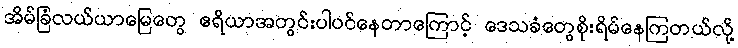
အိမ်ခြံလယ်ယာမြေတွေ ဧရိယာအတွင်းပါဝင်နေတာကြောင့် ဒေသခံတွေစိုးရိမ်နေကြတယ်လို့